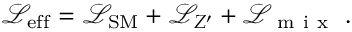
\mathscr { L } _ { \mathrm { e f f } } = \mathscr { L } _ { \mathrm { S M } } + \mathscr { L } _ { Z ^ { \prime } } + \mathscr { L } _ { \mathrm { ~ m ~ i ~ x ~ } } \; .